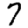
Digit: 7